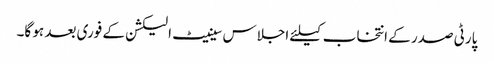
پارٹی صدر کے انتخاب کیلئے اجلاس سینیٹ الیکشن کے فوری بعد ہو گا۔